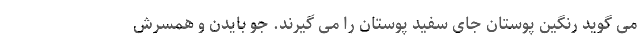
می گوید رنگین پوستان جای سفید پوستان را می گیرند. جو بایدن و همسرش